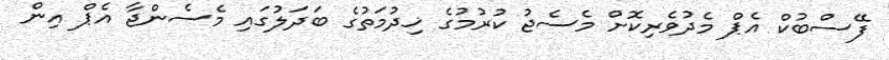
ފޭސްބުކް އެޕް މެދުވެރިކޮށް މެސެޖު ކުރުމުގެ ޚިދުމަތުގެ ބަދަލުގައި މެސެންޖާ އެޕް އިން